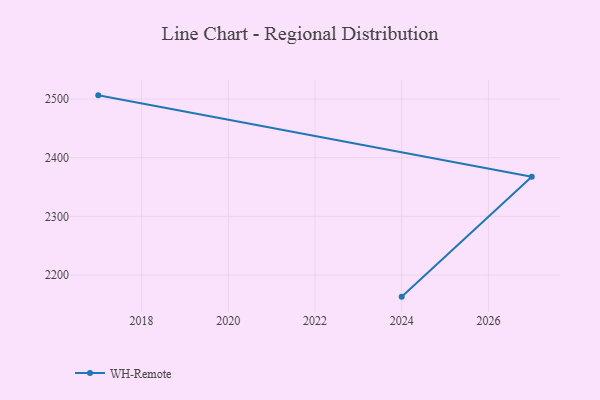
{"axis": {"x": "Year", "y": "Latency (ms)"}, "legend": ["WH-Remote"], "data": [{"x": "2024", "y": 2163.2, "type": "WH-Remote"}, {"x": "2027", "y": 2367.5, "type": "WH-Remote"}, {"x": "2017", "y": 2506.3, "type": "WH-Remote"}]}